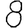
Digit: 8